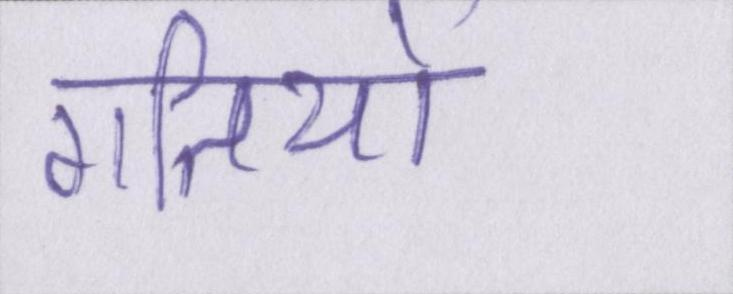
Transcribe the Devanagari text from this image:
गतियों